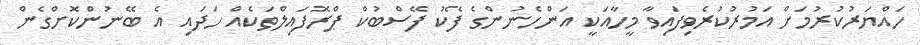
ހައްޔަރުކުރުމަށް އަމުރުކުރެވިފައިވާ މީހާއަކީ އަންހެނުންގެ ފޭކު ފޭސްބުކް ޕްރޮފައިލްތަކެއް ހަދައި އެ ބޭނުންކޮށްގެން